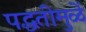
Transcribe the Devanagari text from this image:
पद्धतीमुळें